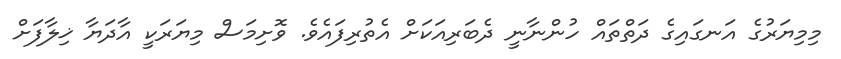
މިމިޔަރުގެ އަނގައިގެ ދަތްތައް ހުންނާނީ ދެބަރިއަކަށް އެތުރިފައެވެ. ވޮށިމަސް މިޔަރަކީ އާދަޔާ ޚިލާފަށް